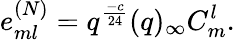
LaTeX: e_{ml}^{(N)}=q^{\frac{-c}{24}}(q)_{\infty}C_{m}^{l}.